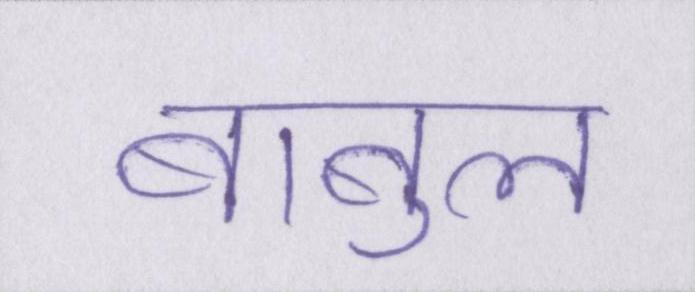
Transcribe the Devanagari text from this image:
बाबुल